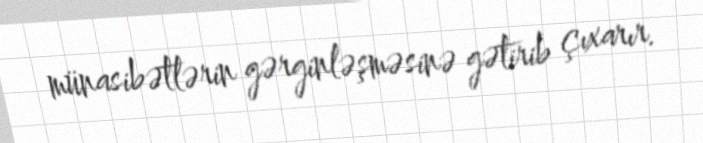
münasibətlərin gərginləşməsinə gətirib çıxarır.